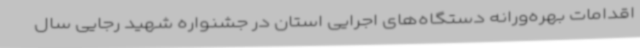
اقدامات بهره‌ورانه دستگاه‌های اجرایی استان در جشنواره شهید رجایی سال